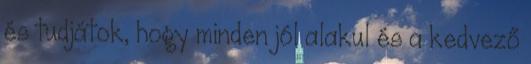
és tudjátok, hogy minden jól alakul és a kedvező